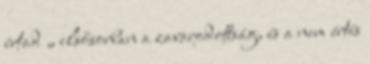
írtad „ elsősorban a zavarodottság, és a nem értés